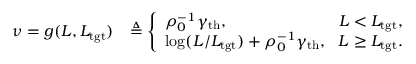
\begin{array} { r l } { \! \nu = g ( L , L _ { \mathrm { t g t } } ) } & { \triangleq \left\{ \begin{array} { l l } { \rho _ { 0 } ^ { - 1 } \gamma _ { \mathrm { t h } } , } & { \! L < L _ { \mathrm { t g t } } , } \\ { \log ( L / L _ { \mathrm { t g t } } ) + \rho _ { 0 } ^ { - 1 } \gamma _ { \mathrm { t h } } , } & { \! L \geq L _ { \mathrm { t g t } } . } \end{array} \right. } \end{array}